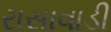
રાસાવાડી